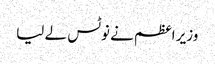
وزیر اعظم نے نوٹس لے لیا